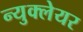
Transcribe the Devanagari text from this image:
न्युक्लेयर